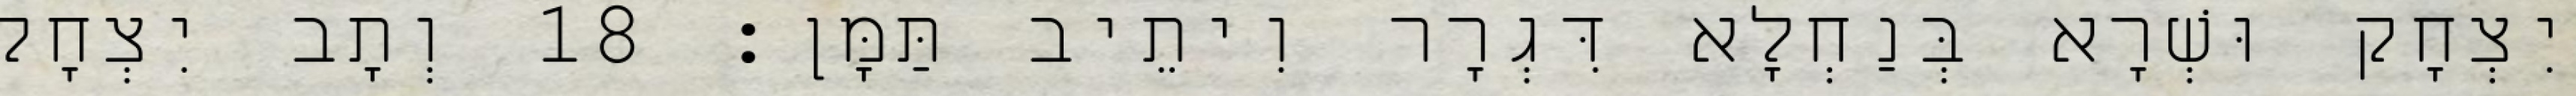
יִצְחָק וּשְׁרָא בְּנַחְלָא דִּגְרָר וִיתֵיב תַּמָּן׃ 18 וְתָב יִצְחָק